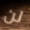
لن